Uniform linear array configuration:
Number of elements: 64
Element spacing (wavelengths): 0.5
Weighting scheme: exponential
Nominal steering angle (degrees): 0
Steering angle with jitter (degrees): -0.6007
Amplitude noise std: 0.05
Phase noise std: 0.05

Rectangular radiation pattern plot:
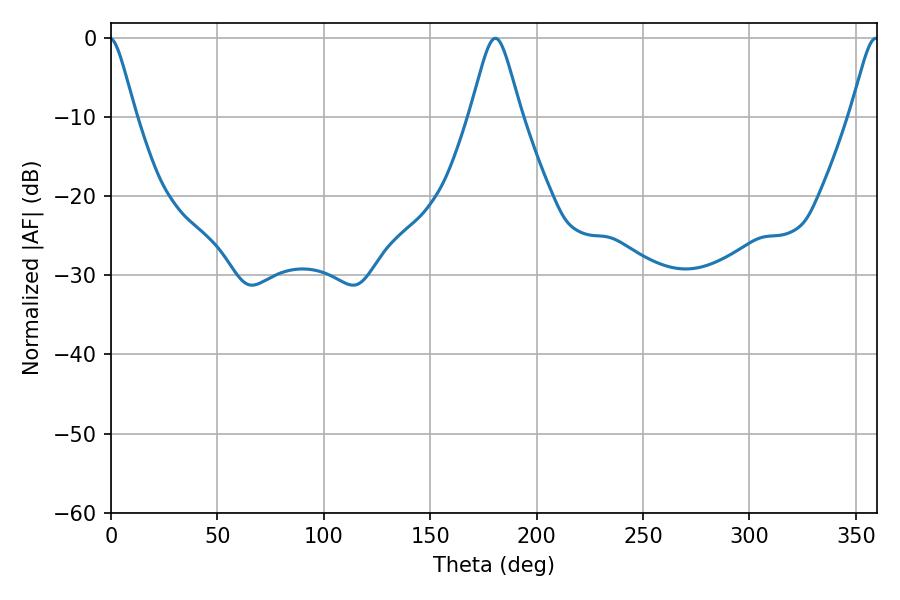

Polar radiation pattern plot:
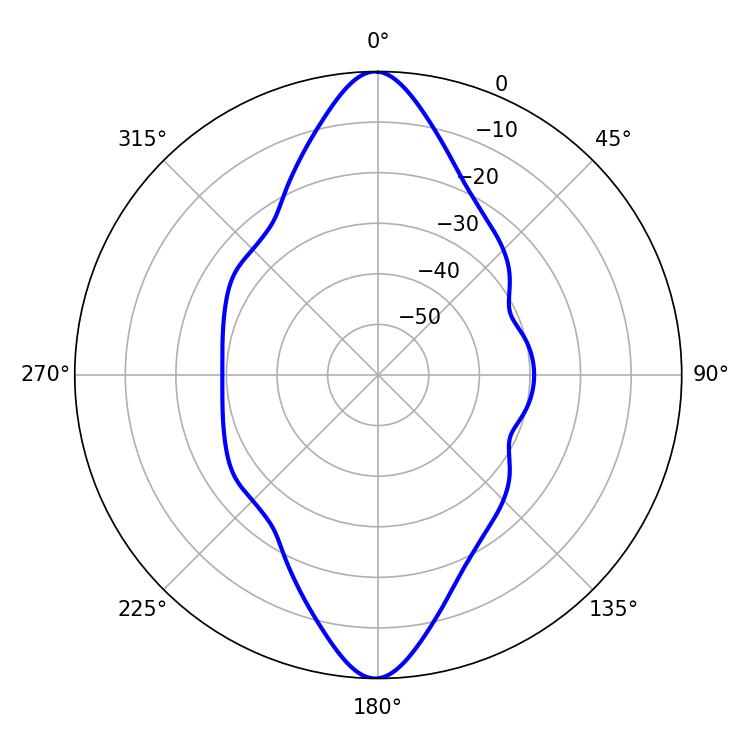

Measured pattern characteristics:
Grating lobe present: FALSE
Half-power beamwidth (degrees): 11.34
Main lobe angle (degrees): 180.54